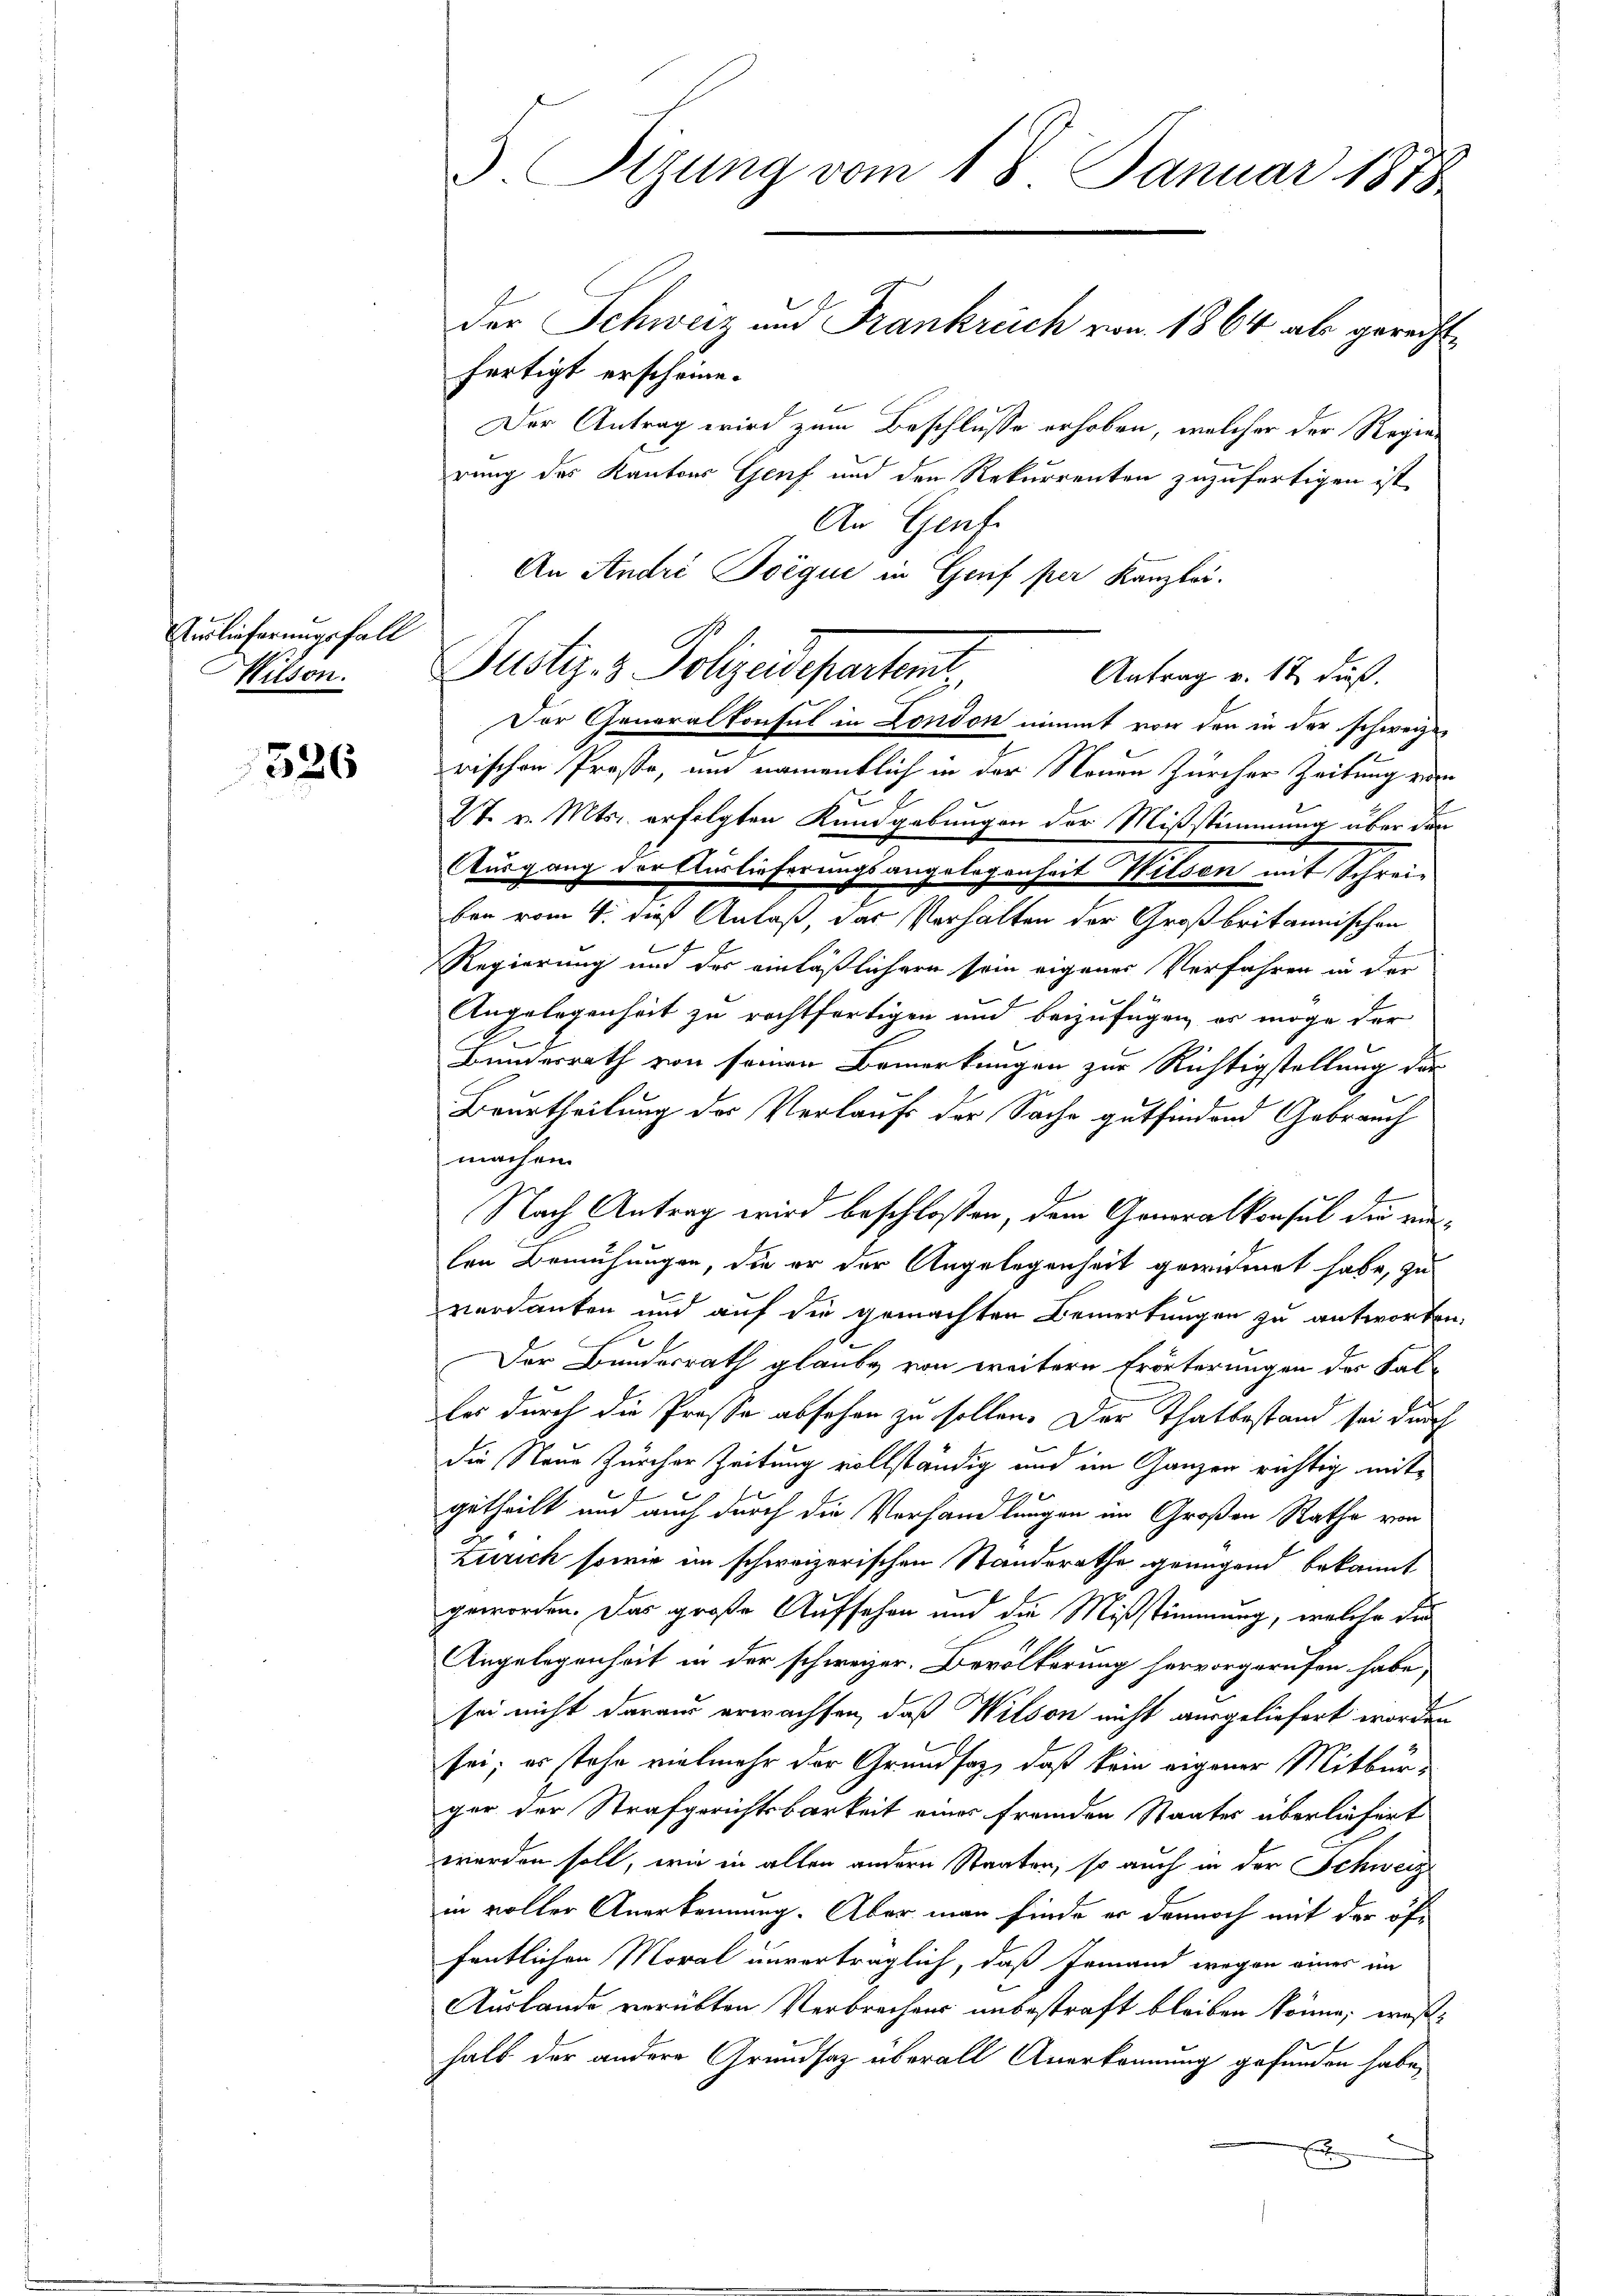
Auslieferungsfall
Hilson.

526

3 Sizung vom 18. Januar 1878

fertigt erscheine.
Der Antrag wird zum Beschlusse erhoben, welcher der Regierung des Kantons Genf und den Rekurrenten zuzufertigen ist,
An Genfe
An Andri Boèque in Genf per Kanzlei.
Justiz- & Polizeideparten
Antrag v. 12. dieß.
Der Generalkonsul in London nimmt von den in der schweize
rischen Prose, um namentlich in der Neuen Zürcher Zeitung von
27. v. Mts. erfolgten Kundgebungen der Mißstimmung über den
Ausgang der Auslieferungsangelegenheit Wilsen mit Schrei-
ben vom 4. daß Anlaß, das Verhalten der Großbritannischen
Regierung und der einläßlichern sein eigenes Verfahren in der
Angelegenheit zu rechtfertigen und beizufügen, er möge der
Bundesrath von seinen Bemerkungen zur Richtigstellung der
Beurtheilung des Verlaufs der Sache gutfindend Gebrauch
machen.
Nach Antrag wird beschloßen, dem Generalkonsul die mi
len Bemühungen, die er der Angelegenheit gewidmet habe, zu
verdanken und auf die gemachten Bemerkungen zu antworten,
Der Bundesrath glaube von weitern Erörterungen des Kalles durch die Prosse absehen zu sollen. Der Thatbestand sei durch
die Neue Zürcher Zeitung vollständig und im Ganzen richtig mitgetheilt und auch durch die Verhandlungen im Großen Rathe von
Zürich sowie im schweizerischen Standerathe genügend bekannt
geworden. Das große Aufsehen und die Mißstimmung, welche die
Angelegenheit in der schweizer. Bevölkerung hervorgerufen habe,
sei nicht daraus erwachsen, daß Wilson nicht ausgeliefert worden
sei; es stehe vielmehr der Grundsaz, daß kein eigener Mitbürger der Strafgerichtsbarkeit eines fremden Staates überliefert
werden soll, wie in allen andern Staaten, so auch in der Schweiz
in voller Anerkennung. Aber man finde er dennoch mit der öffentlichen Moral unverträglich, daß Jemand wegen eines im
Auslande verübten Verbrechens unbestraft bleiben könne; weßhalb der andere Grundsaz überall Anerkennung gefunden habe,
x

der Schweiz und Frankreich von 1864 als gerecht¬